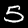
Label: 5